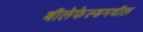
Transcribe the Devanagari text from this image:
बीलेफेल्डमधील